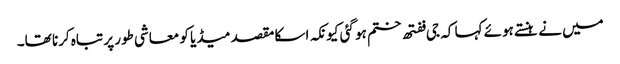
میں نے ہنستے ہوئے کہا کہ جی ففتھ ختم ہو گئی کیونکہ اسکا مقصد میڈیا کو معاشی طور پر تباہ کرنا تھا۔